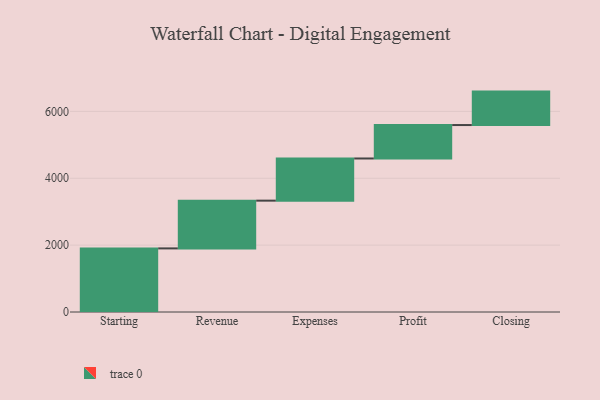
{"axis": {"x": "Step", "y": "Value"}, "legend": [""], "data": [{"x": "Starting", "y": 1902.0, "type": ""}, {"x": "Revenue", "y": 1428.0, "type": ""}, {"x": "Expenses", "y": 1261.0, "type": ""}, {"x": "Profit", "y": 1000, "type": ""}, {"x": "Closing", "y": 1000, "type": ""}]}